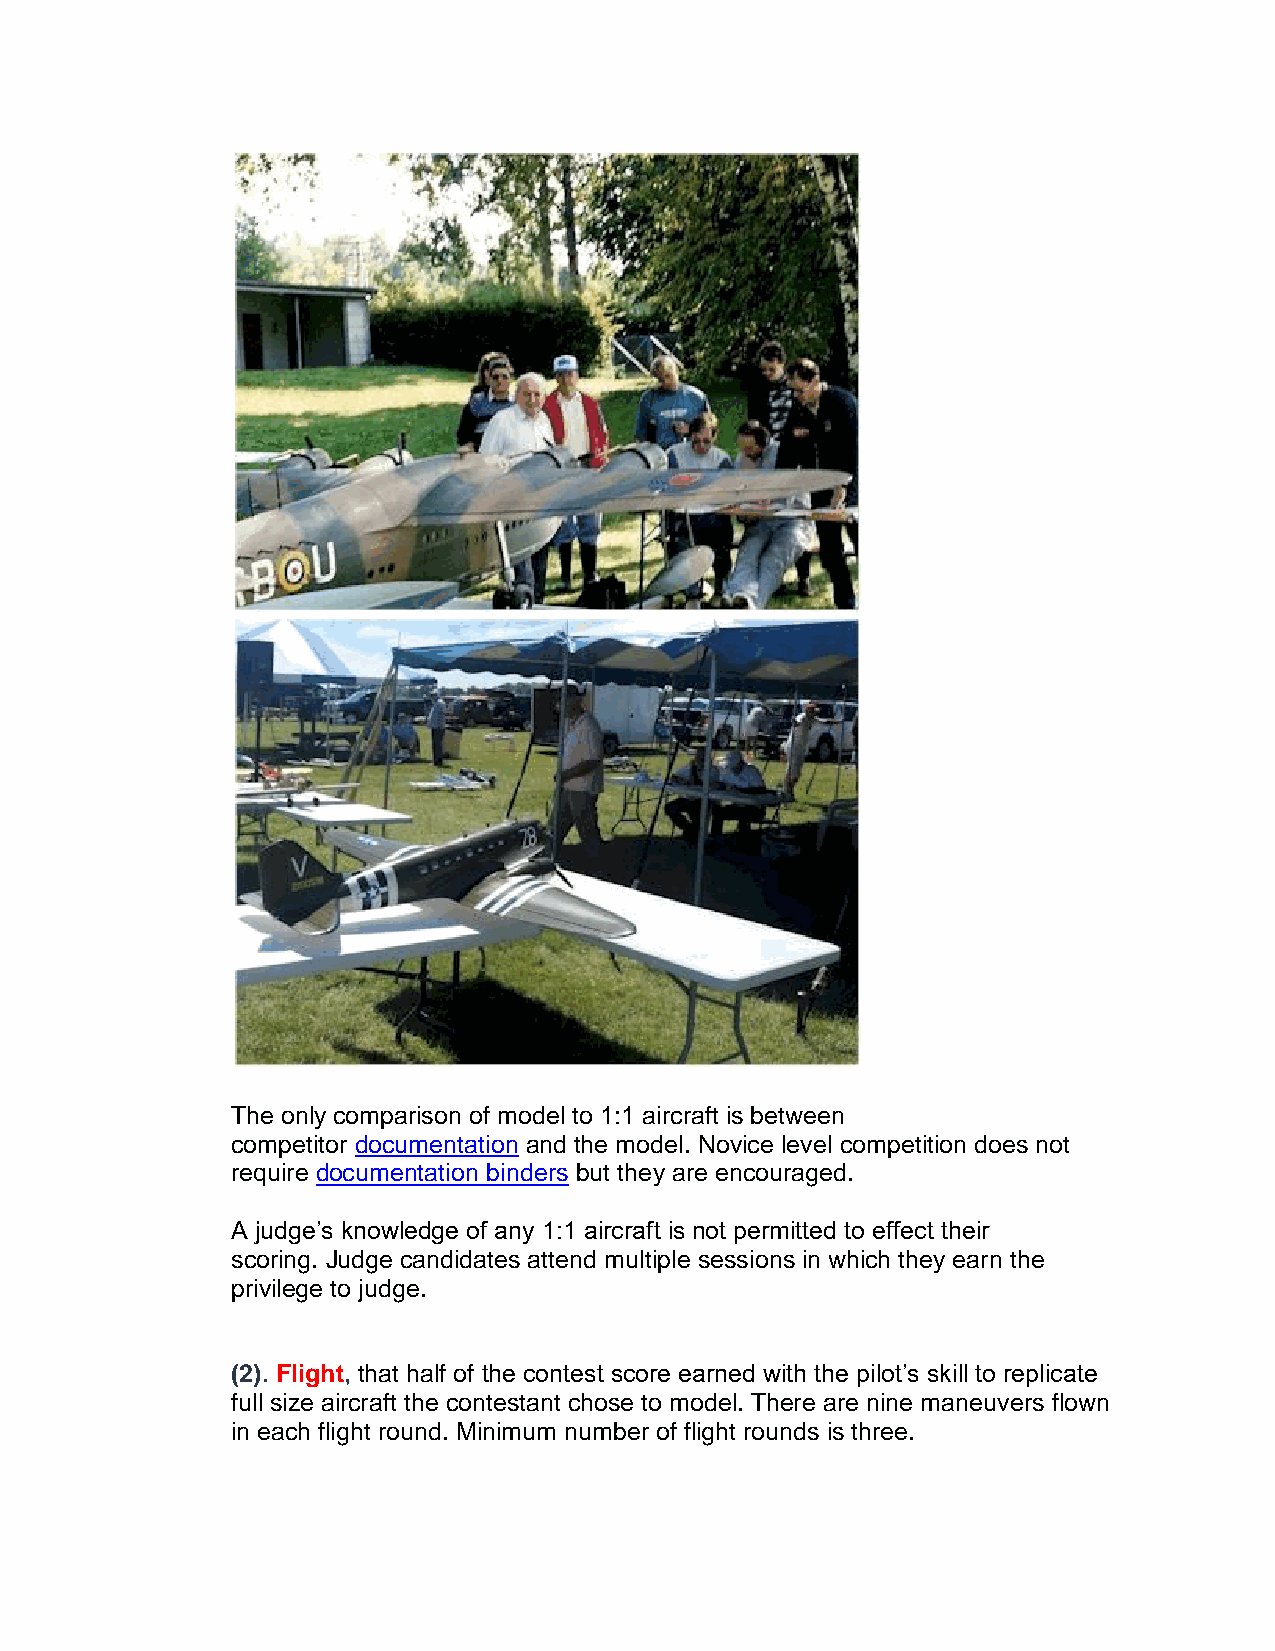
The only comparison of model to 1:1 aircraft is between
 competitor documentation and the model. Novice level competition does not
 require documentation binders but they are encouraged.
 A judge’s knowledge of any 1:1 aircraft is not permitted to effect their
 scoring. Judge candidates attend multiple sessions in which they earn the
 privilege to judge.
 (2). Flight, that half of the contest score earned with the pilot’s skill to replicate
 full size aircraft the contestant chose to model. There are nine maneuvers flown
 in each flight round. Minimum number of flight rounds is three.